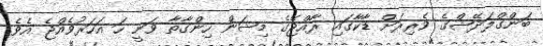
ބަންގްލަދޭޝްގެ ވެރިރަށް ޑާކާގައި ރާއްޖޭގެ މިޝަން ހިންގާތާ ވަނީ ހަ އަހަރުވެއްޖެ އެވެ.